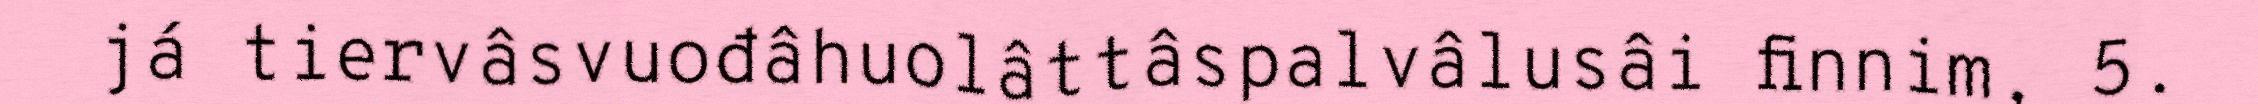
já tiervâsvuođâhuolâttâspalvâlusâi finnim, 5.